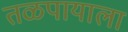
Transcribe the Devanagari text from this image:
तळपायाला